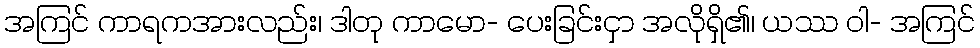
အကြင် ကာရကအားလည်း၊ ဒါတု ကာမော- ပေးခြင်းငှာ အလိုရှိ၏၊ ယဿ ဝါ- အကြင်